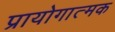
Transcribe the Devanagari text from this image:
प्रायोगात्मक